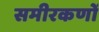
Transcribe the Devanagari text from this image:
समीरकणों